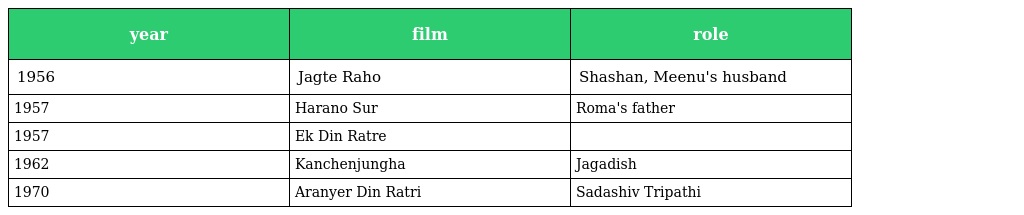
| year | film | role |
 | --- | --- | --- |
 | 1956 | Jagte Raho | Shashan, Meenu's husband |
 | 1957 | Harano Sur | Roma's father |
 | 1957 | Ek Din Ratre |  |
 | 1962 | Kanchenjungha | Jagadish |
 | 1970 | Aranyer Din Ratri | Sadashiv Tripathi |